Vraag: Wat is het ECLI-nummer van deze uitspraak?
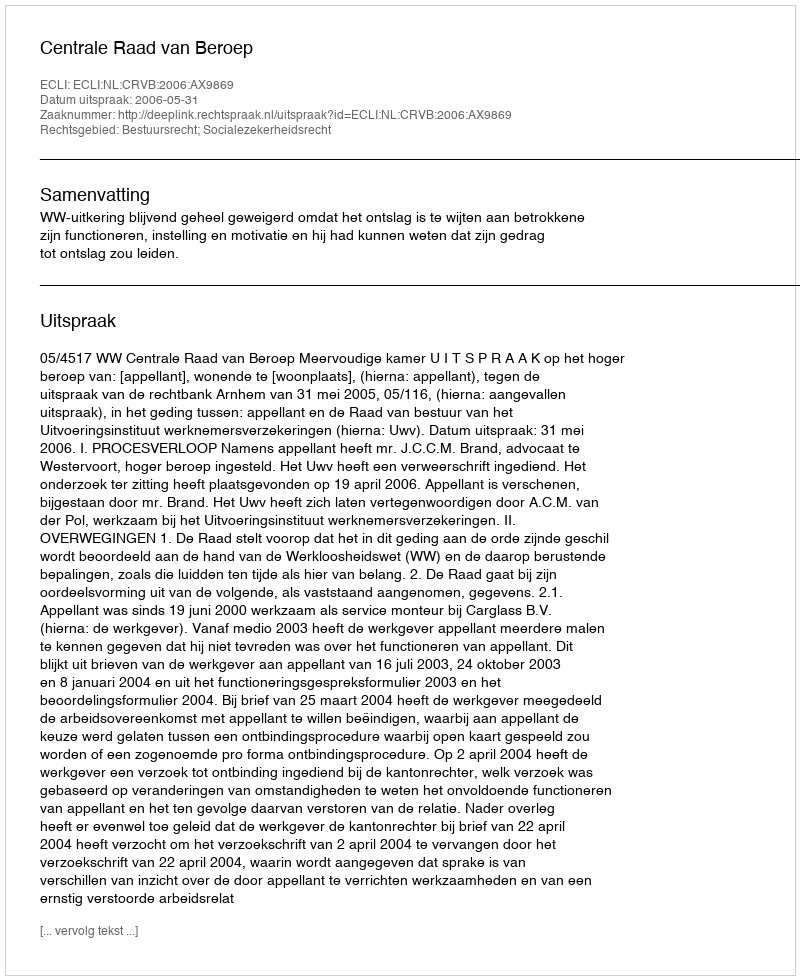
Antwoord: ECLI:NL:CRVB:2006:AX9869